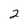
Character: 2